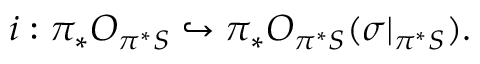
i : \pi _ { * } { \cal O } _ { \pi ^ { * } { \cal S } } \hookrightarrow \pi _ { * } { \cal O } _ { \pi ^ { * } { \cal S } } ( \sigma | _ { \pi ^ { * } { \cal S } } ) .